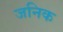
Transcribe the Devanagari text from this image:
जनिक